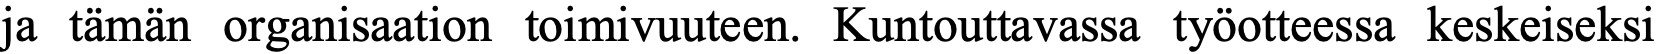
ja tämän organisaation toimivuuteen. Kuntouttavassa työotteessa keskeiseksi